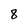
Character: 8